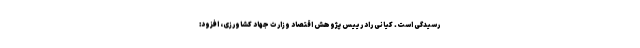
رسیدگی است. کیانی راد رییس پژوهش اقتصاد وزارت جهاد کشاورزی، افزود: